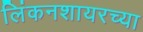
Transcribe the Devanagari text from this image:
लिंकनशायरच्या